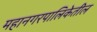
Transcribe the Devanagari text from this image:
महानगरपालिकेतील